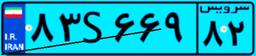
۸۳S۶۶۹۸۲